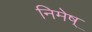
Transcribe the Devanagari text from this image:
निमेष्